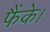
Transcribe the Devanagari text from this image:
फैंके।